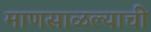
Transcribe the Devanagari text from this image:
माणसाळल्याची